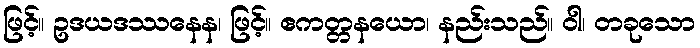
ဖြင့်။ ဥဒယဒဿနေန၊ ဖြင့်။ ဧကတ္တနယော၊ နည်းသည်။ ဝါ၊ တခုသော